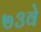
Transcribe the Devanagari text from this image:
७३वे